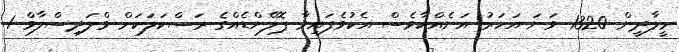
މީލާދީން 1320 ވަނަ އަހަރު އަނެއްކާވެސް އެކުވެފައިވާ ޕޮލޭންޑެއްގެ ރަސްކަލަކަށް ވްލަދިސްލާވް 1